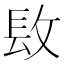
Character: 𨱝